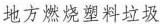
地方燃烧塑料垃圾